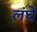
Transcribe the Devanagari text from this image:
लंघे